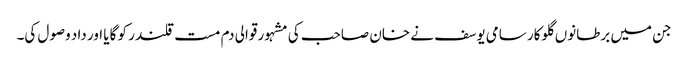
جن میں برطانوں گلوکار سامی یوسف نے خان صاحب کی مشہور قوالی دم مست قلندر کو گایا اور داد وصول کی۔